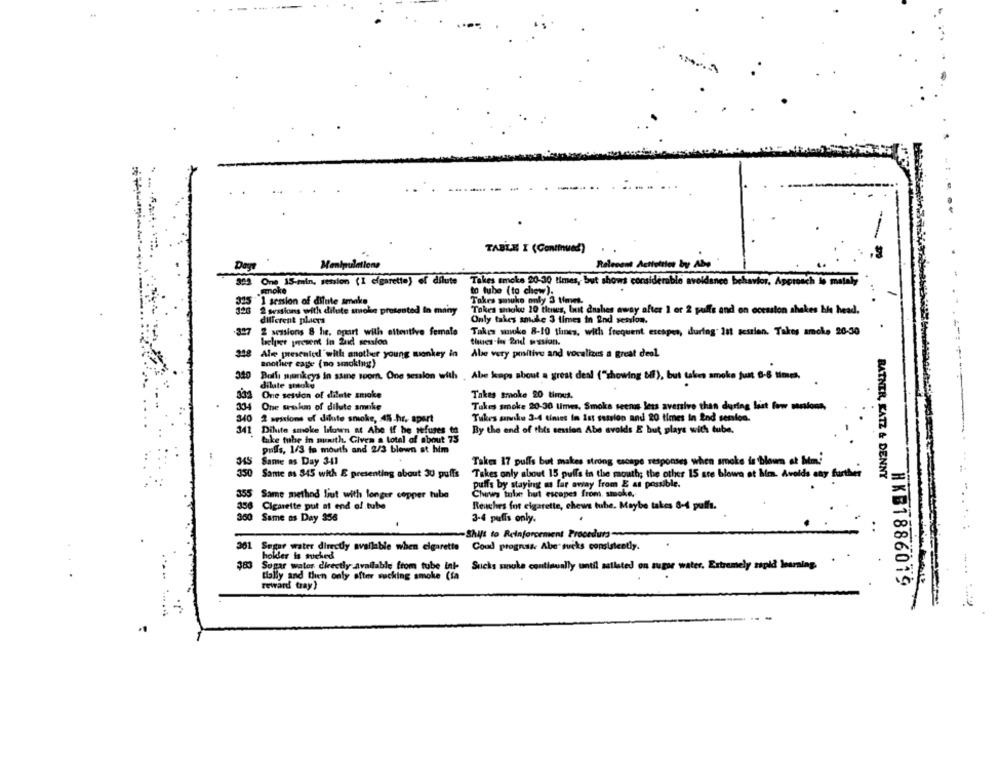
TABLE I (Continued)
--
Dayı
Manipulations
Relevant Acttottlos by Abe '
323 One 15-min, session (I cigarette) of dilute
Takes smoke 20-30 times, but shows considérable avoidance behavior, Approach le mataly
smoke
to tube (to chew).
"1 session of dilute amake
Takes smuke only 3 times.
2 ovssions with dilute smoke presented in many
Tokes snicke 20 tienes, but dnahes away after 1 or 2 puffs and on ccession shakes his head.
different places
Only takes smoke 3 times in End session.
2 sessions 8 he, ogkurt with attentive female
Takes woke 8-10 thnes, with frequent esespes, during" Ist session. Takos amche 20-30
Welser present in Zuid session
thues-ins 2nd wssion.
398
Ale prescale'with another young monkey in
Abe very positive and vocalizes a great deal
another cage ( no smoking)
340 Both monkeys in ssime soom. One session with . Abe kaps about a great deal ("showing bif), but takes smoke just 6-6 times
dilute smoke
One session of dilute smoke
Takes smoke 20 times.
334
One seal of dilute amake
Tukes smoke 20-30 times, Smoke seenis less aversive than during list fow melons,
2 sessions of dilute smoke, 45.hr, apart
Tukes sanke 3-4 tiniet in Ist session and 20 times in 2nd senton.
Dilite smoke blown at Abe if he refuses to
By the end of this erstles Abe avoids E but plays with tube.
take tuhe in menith. Givea a total of about 75
pulls, 1/3 to mouth and 2/3 blown st him
Same as Day 3-41
Takes 17 pulls but makes strong escape responses when smoke is blown at htm!
350
Same as 345 with E presenting about 30 puffs
Takes only about 15 pulls in the mouth; the other 15 ste blown at him. Avoids any further
BATNER, KATZ & DENNY
puffs by staying as far away from E as possible.
Same method liut with longer copper tube
Churws tulan hut escapes from, smoke,
Cigarette put at end of tube
Reaches fot cigarette, chews tube. Maybe takes 8-4 puffs.
300
Same os Day 358
3-4 puffs only.
-Shift to Reinforcement Procedura-
301
361 Sogar water directly available when cigarette Coud prognss Abe sucks consistently.
Coud prognss Abe sucks consistently.
.
hokler is suched
383 Sogar water directly available from tube int-
Sucks smoke continually until astlated on suppe water, Extremely rigid Journing. .
By and then only after sucking smoke (fa
reward tray)
HKB1886019